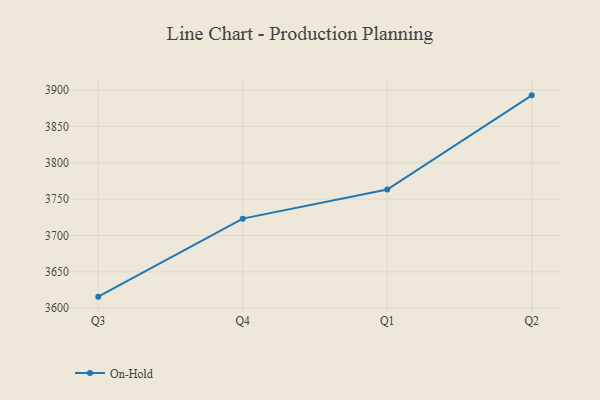
{"axis": {"x": "Quarter", "y": "Budget (USD K)"}, "legend": ["On-Hold"], "data": [{"x": "Q3", "y": 3616.0, "type": "On-Hold"}, {"x": "Q4", "y": 3723.2, "type": "On-Hold"}, {"x": "Q1", "y": 3763.2, "type": "On-Hold"}, {"x": "Q2", "y": 3892.6, "type": "On-Hold"}]}